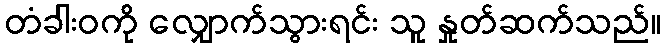
တံခါးဝကို လျှောက်သွားရင်း သူ နှုတ်ဆက်သည်။